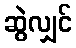
ဆွဲလျှင်